Leaving Certificate, 1901
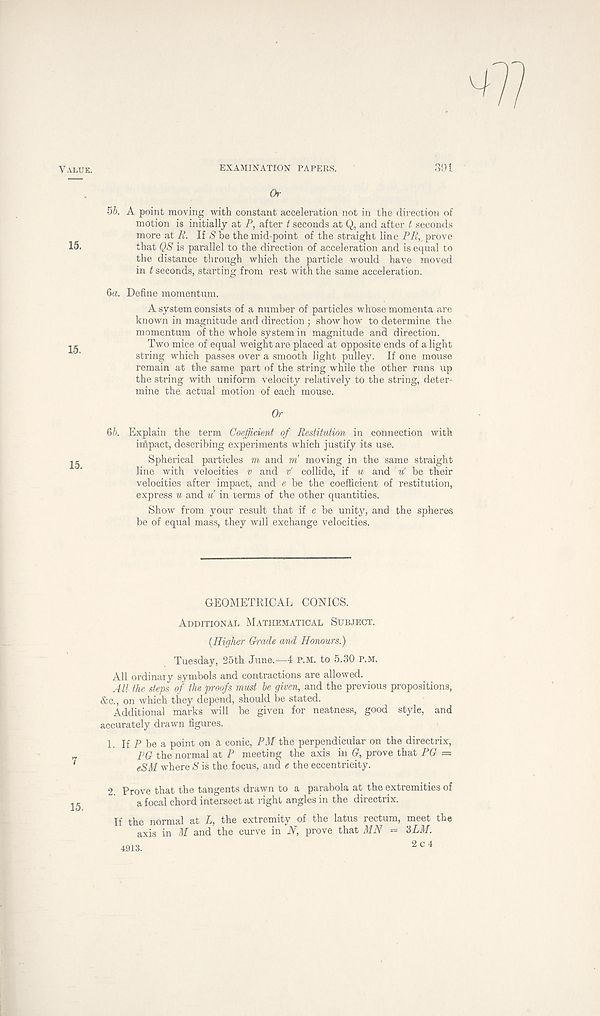
EXAMINATION PAPERS.
391
Or
5b. A point moving with constant acceleration not in the direction of
motion is initially at P, after t seconds at Q, and after t seconds
more at R. If (She the mid-point of the straight line PA,, prove
that QS is parallel to the direction of acceleration and is equal to
the distance through which the particle would have moved
in t seconds, starting from rest with the same acceleration.
ба. Define momentum.
A system consists of a number of particles whose momenta are
known in magnitude and direction; show how to determine the
momentum of the whole system in magnitude and direction.
Two mice of equal weight are placed at opposite ends of a light
string which passes over a smooth light pulley. If one mouse
remain at the same part of the string while the other runs up
the string with uniform velocity relatively to the string, deter-
mine the actual motion of each mouse.
Or
бб. Explain the term Coefficient of Restitution in connection with
Mpact, describing experiments which justify its use.
Spherical particles m and m moving in the same straight
line with velocities v and v collide, if u and u' he their
velocities after impact, and e be the coefficient of restitution,
express u and u in terms of the other quantities.
Show from your result that if e be unity, and the spheres
be of equal mass, they will exchange velocities.
GEOMETRICAL CONICS.
Additional Mathematical Subject.
(Higher Grade and Honours.)
Tuesday, 25th June.—4 p.M. to 5.30 p.m.
All ordinal y symbols and contractions are allowed.
All the steps of the proofs must be given, and the previous propositions,
&c., on which they depend, should be stated.
Additional marks will be given for neatness, good style, and
accurately drawn figures.
1. If P be a point on a conic, PM the perpendicular on the directrix,
FG the normal at P meeting the axis in G, prove that PG —
eSM where S is the focus, and e the eccentricity.
2. Prove that the tangents drawn to a parabola at the extremities of
a focal chord intersect at right angles in the directrix.
If the normal at L, the extremity of the latus rectum, meet the
axis in M and the curve in N, prove that MN = 3LM.